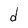
Character: d